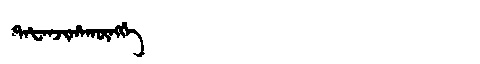
Manchu: ᡨᠠᡶᠠᠨᠵᡳᡥᠠᡴᡡᠩᡤᡝ
Romanization: TAFANJIHAKŪNGGE